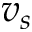
v _ { s }